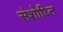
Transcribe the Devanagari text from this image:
संशोध्ति